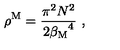
\rho ^ { \mathrm { M } } = { \frac { \pi ^ { 2 } N ^ { 2 } } { 2 { { \beta } _ { \mathrm { M } } } ^ { 4 } } } \ ,